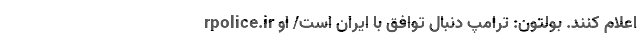
rpolice.ir اعلام کنند. بولتون: ترامپ دنبال توافق با ایران است/ او